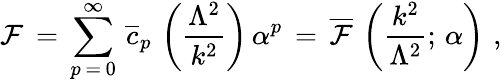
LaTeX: \mathcal{F}\, =\, \sum_{p\, =\, 0}^{\infty}\, \overline{{{{c}}}}_{p}\, \left(\frac{{\Lambda^{2}}}{{k^{2}}}\right)\, \alpha^{p}\, =\, \overline{{{{\mathcal{F}}}}}\, \left(\frac{{k^{2}}}{{\Lambda^{2}}};\, \alpha\right)\, \, ,